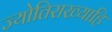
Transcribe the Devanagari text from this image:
ज्योतिराख्याहि